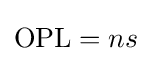
\mathrm {OPL} =ns